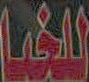
للخما